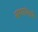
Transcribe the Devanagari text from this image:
सणांमधे